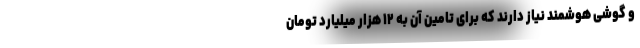
و گوشی هوشمند نیاز دارند که برای تامین آن به ۱۲ هزار میلیارد تومان